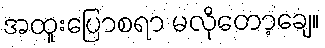
အထူးပြောစရာ မလိုတော့ချေ။